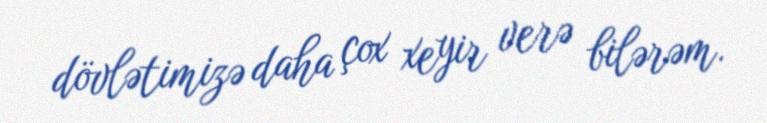
dövlətimizə daha çox xeyir verə bilərəm.